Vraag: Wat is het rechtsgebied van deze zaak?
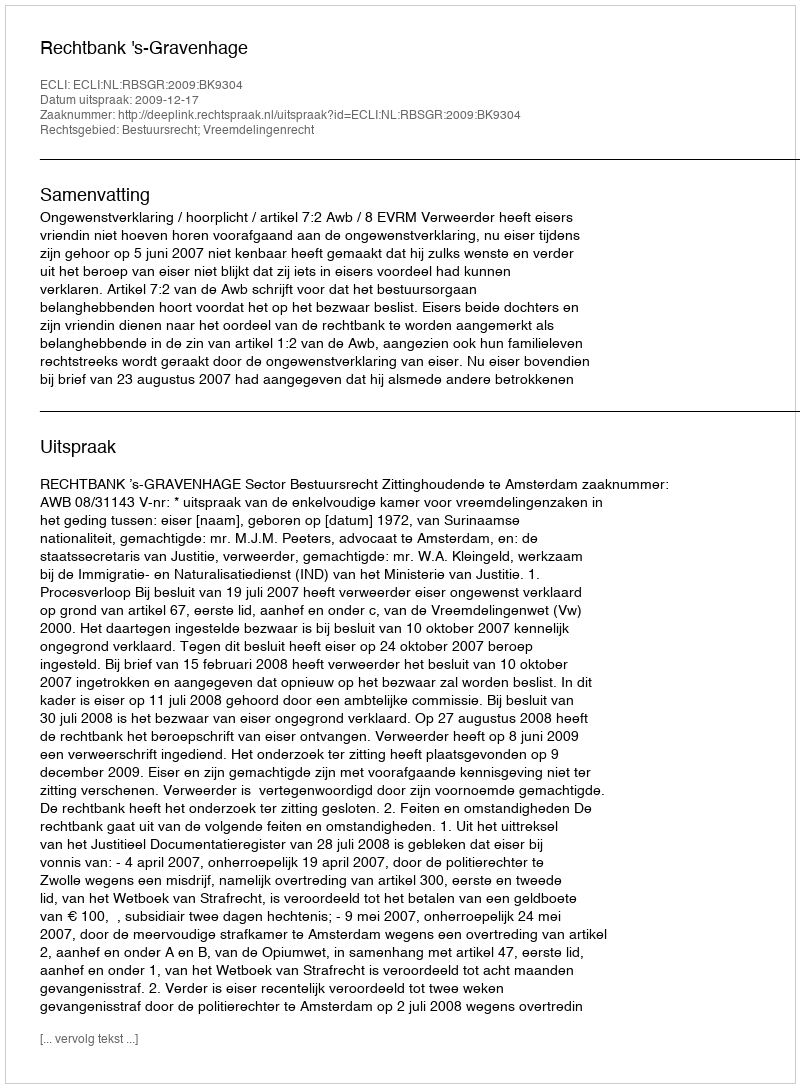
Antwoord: Bestuursrecht; Vreemdelingenrecht